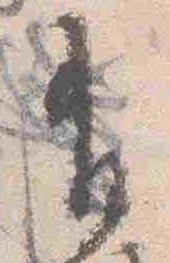
有